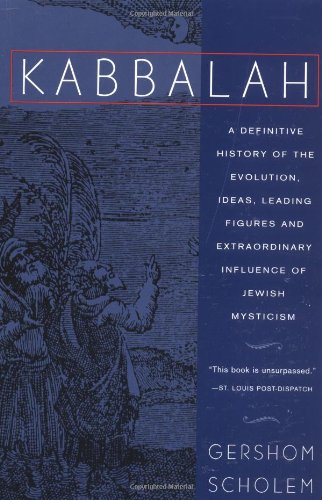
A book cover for Kabbalah (Meridian); Gershon Scholem; Religion & Spirituality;